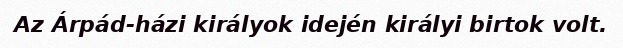
Az Árpád-házi királyok idején királyi birtok volt.